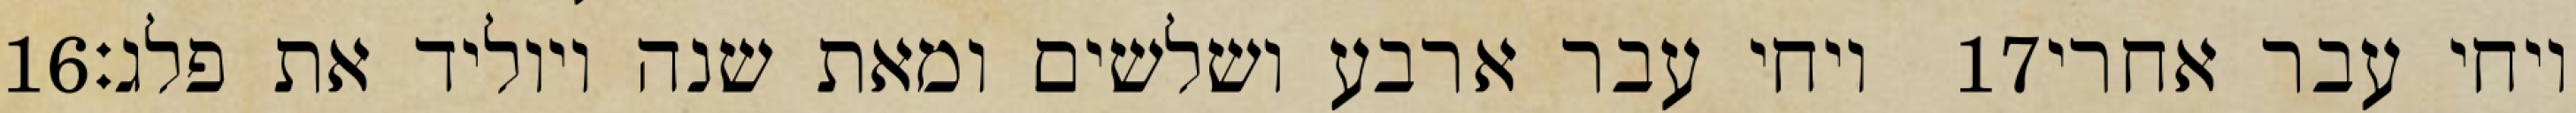
‎16‏ ויחי עבר ארבע ושלשים ומאת שנה ויוליד את פלג׃ ‎17‏ ויחי עבר אחרי